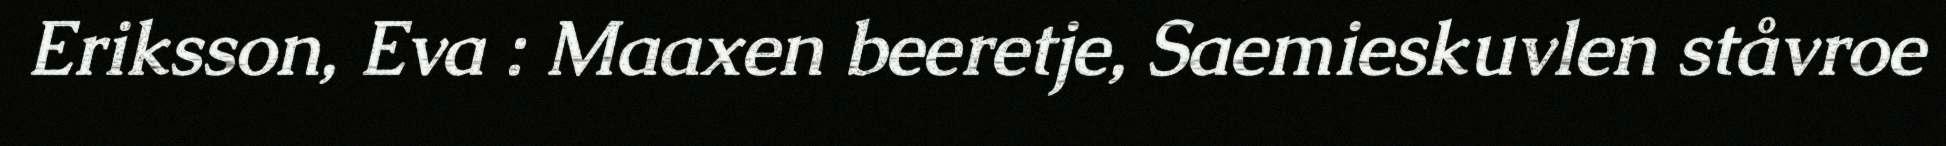
Eriksson, Eva : Maaxen beeretje, Saemieskuvlen ståvroe